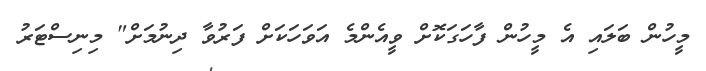
މީހުން ބަލައި އެ މީހުން ފާހަގަކޮށް ވީއެންމެ އަވަހަކަށް ފަރުވާ ދިނުމަށް" މިނިސްޓަރު